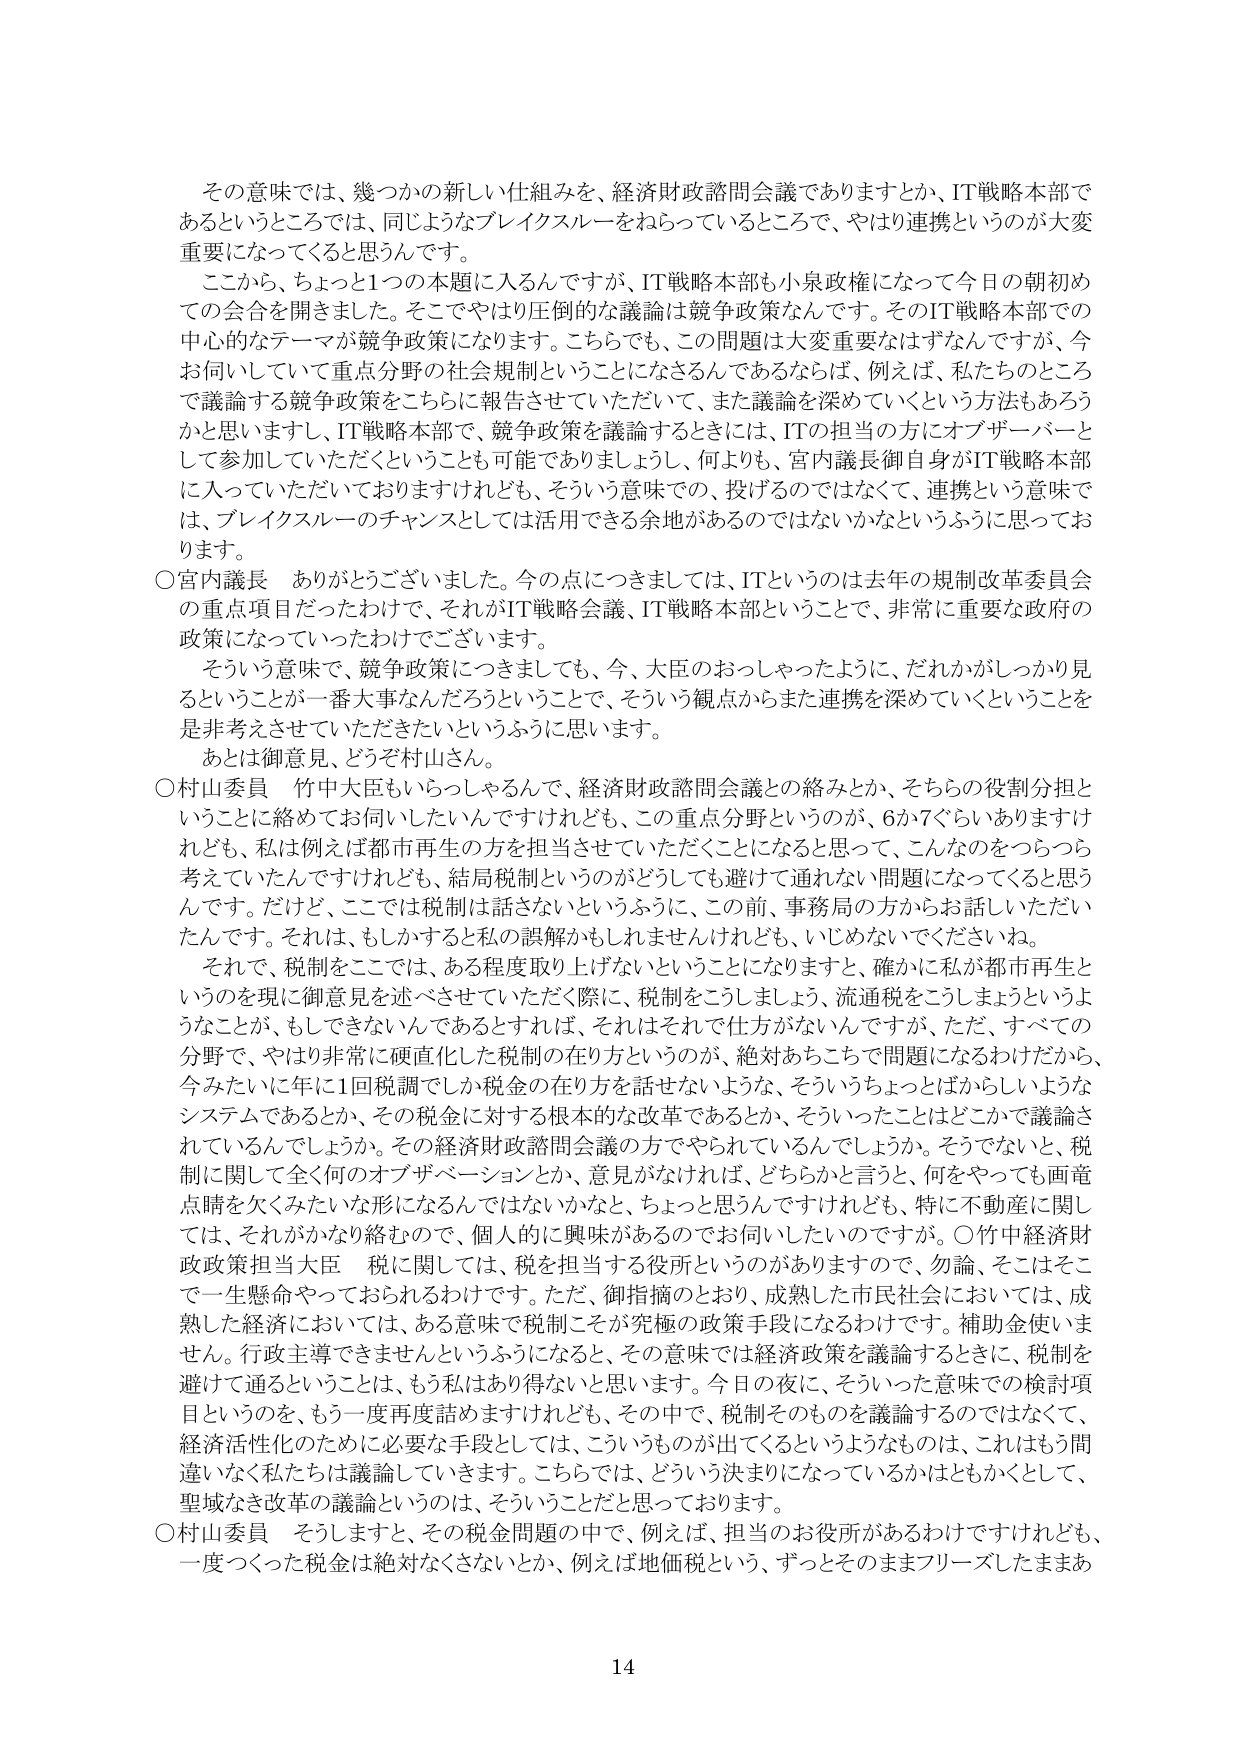
その意味では、幾つかの新しい仕組みを、経済財政諮問会議でありますとか、IT戦略本部であるというところでは、同じようなブレイクスルーをねらっているところで、やはり連携というのが大変重要になってくると思います。

ここから、ちょっと1つの本題に入るんですが、IT戦略本部も小泉政権になって今日の朝初めての会合を開きました。そこでやはり圧倒的な議論は競争政策なんです。そのIT戦略本部での中心的なテーマが競争政策になります。こちらでも、この問題は大変重要なはずなんですが、今お伺いしていて重点分野の社会規制ということになるんであるならば、例えば、私たちのところでの議論する競争政策をこちらに報告させていただいて、また議論を深めていくという方法もあろうかと思いますし、IT戦略本部で、競争政策を議論するときには、ITの担当の方にオブザーバーとして参加していただくということも可能でありましょうし、何よりも、宮内議長御自身がIT戦略本部に入っていただいておりますけれども、そういう意味での、投げるのではなくて、連携という意味では、ブレイクスルーのチャンスとしては活用できる余地があるのではないかというふうに思っております。

○宮内議長　ありがとうございます。今の点につきましては、ITというのは去年の規制改革委員会の重点項目だったわけで、それがIT戦略会議、IT戦略本部ということで、非常に重要な政府の政策になっていったわけでございます。

そういう意味で、競争政策につきましても、今、大臣のおっしゃったように、だれかがしっかり見るということが一番大事なんだろうということで、そういう観点からまた連携を深めていくということを是非考えさせていただきたいというふうに思います。

あとは御意見、どうぞ村山さん。

○村山委員　竹中大臣もいらっしゃるんで、経済財政諮問会議との絡みとか、そちらの役割分担ということに絡めてお伺いしたいんですけれども、この重点分野というのが、6か7ぐらいありますけれども、私は例えば都市再生の方を担当させていただくことになると思って、こんなのをつらつら考えていたんですけども、結局税制というのがどうしても避けて通れない問題になってくると思うんです。だけど、ここでは税制は話さないというふうに、この前、事務局の方からお話しいただいたんです。それは、もしかすると私の誤解かもしれませんが、いじめないでくださいね。

それで、税制をここでは、ある程度取り上げないということになりますと、確かに私が都市再生というのを現に御意見を述べさせていただく際に、税制をこうしましょう、流通税をこうしましょうというようなことが、もしそうできないんであるとすれば、それはそれで仕方がないんですが、ただ、すべての分野で、やはり非常に硬直化した税制の在り方というのが、絶対あちこちで問題になるわけだから、今みたいに年に1回税調でしか税金の在り方を話せないような、そういうちょっとばからしいようなシステムであるとか、その税金に対する根本的な改革であるとか、そういったことはどこかで議論されてるんでしょうか。その経済財政諮問会議の方でやられていろいろな、そうですね、そうでもない、税制に関して全く何のオブザベーションとか、意見がなければ、どちらかと言うと、何をやっても画竜点睛を欠くみたいな形になるんじゃないかなと、ちょっと思うんですけれども、特に不動産に関しては、それがかなり絡むので、個人的に興味があるのでお伺いしたいのですが。○竹中経済財政政策担当大臣　税に関しては、税を担当する役所というのがありますので、勿論、そこはそこで一生懸命やっておられるわけです。ただ、御指摘のとおり、成熟した市民社会においては、成熟した経済においては、ある意味で税制こそが究極の政策手段になるわけです。補助金使いません。行政主導できませんというふうになると、その意味では経済政策を議論するときに、税制を避けて通るということは、もう私はあり得ないと思います。今日の夜に、そういった意味での検討項目というのを、もう一度再度詰めますけれども、その中で、税制そのものを議論するのではなくて、経済活性化のために必要な手段としては、こういうものが出てくるというようなものは、これはもう間違いなく私たちは議論していきます。こちらでは、どういう決まりになっているかはともかくとして、聖域なき改革の議論というのは、そういうことだと思っております。

○村山委員　そうしますと、その税金問題の中で、例えば、担当のお役所があるわけですがけれども、一度つかった税金は絶対なくさないとか、例えば地価税という、ずっとそのままフリーズしたままあ

14